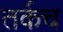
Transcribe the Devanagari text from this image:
तर्कच